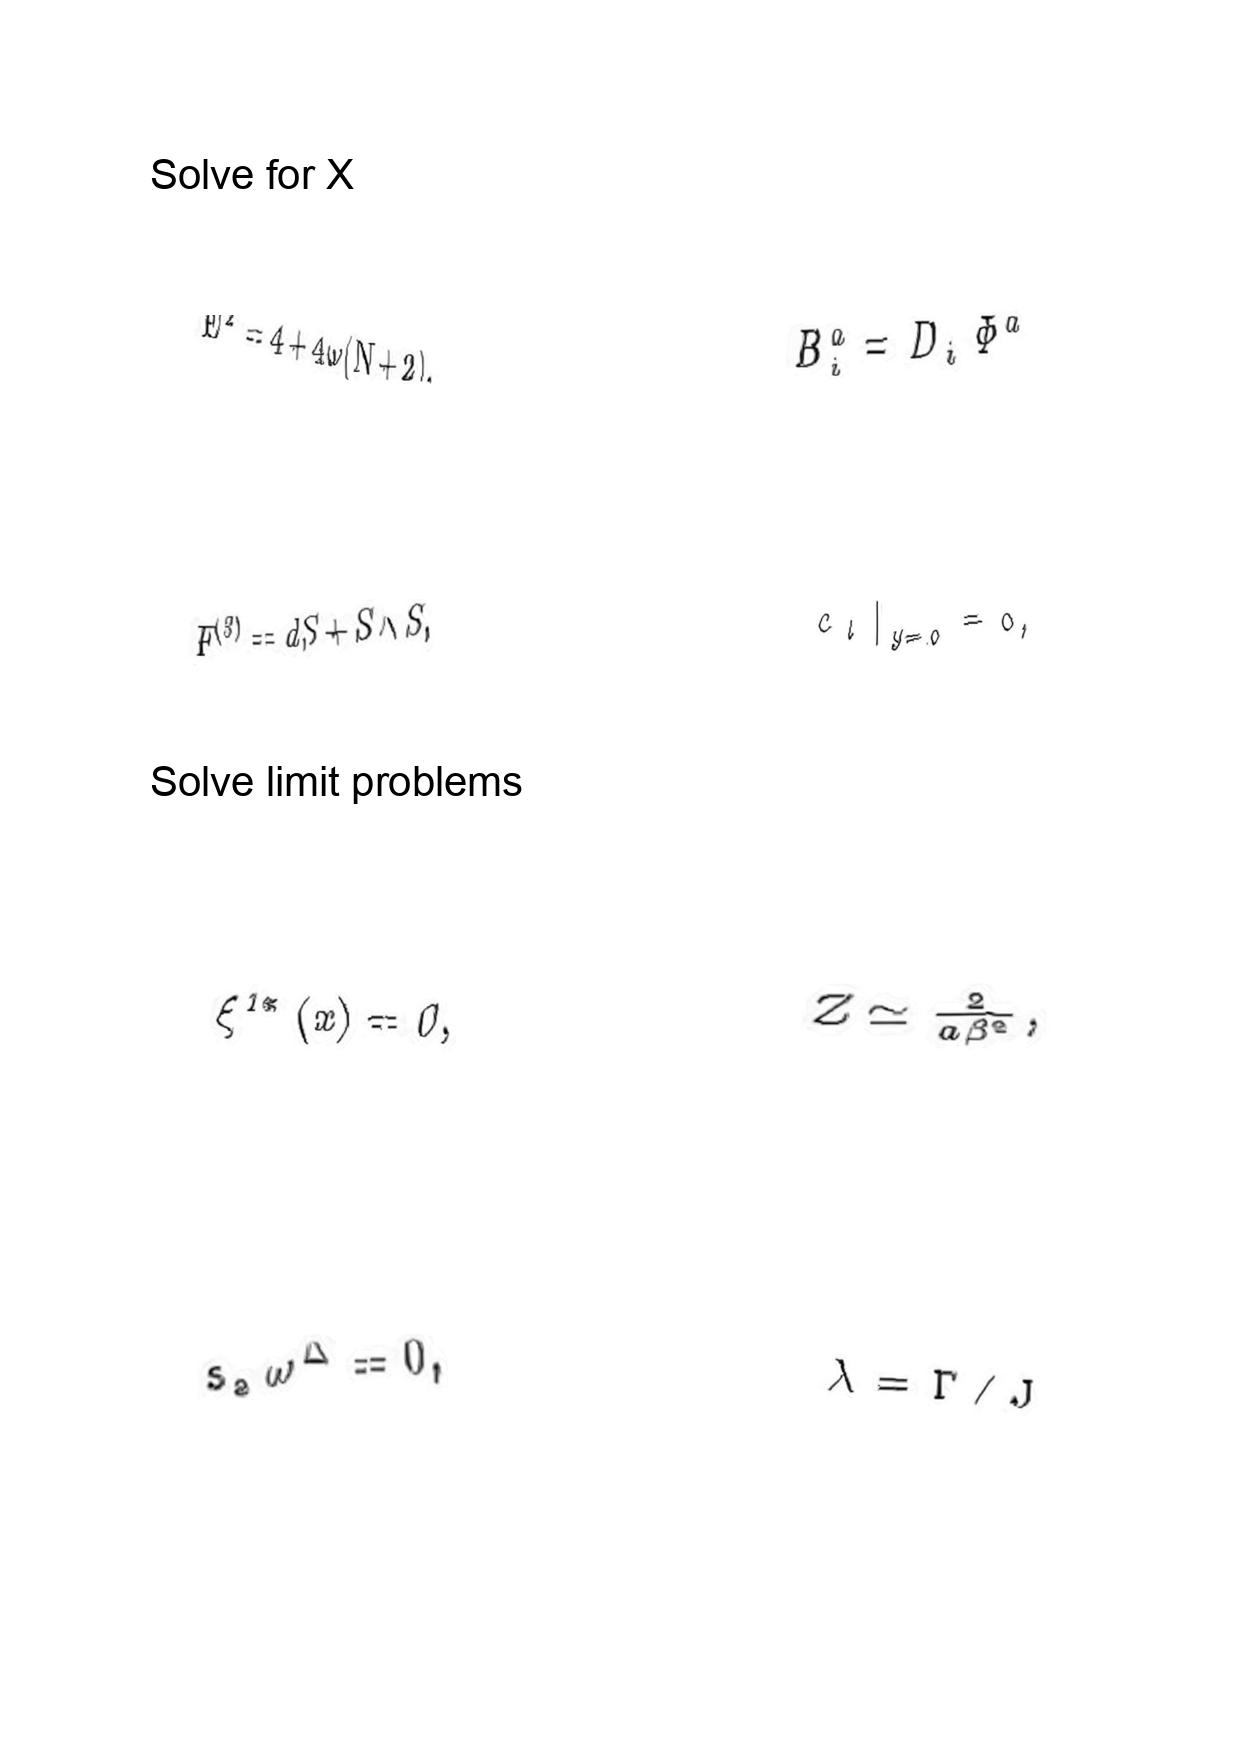
LaTeX transcription:
E ^ { 2 } = 4 + 4 \omega \lparen N + 2 \rparen .
F ^ { \lparen 3 \rparen } = d S + S \wedge S ,
\xi ^ { 1 \ast } \lparen x \rparen = 0 ,
s _ { a } \omega ^ { \Delta } = 0 ,
B _ { i } ^ { a } = D _ { i } \Phi ^ { a }
 c _ { l } \vert _ { y = 0 } = 0 ,
Z \simeq \frac { 2 } { a \beta ^ { 2 } } ,
\lambda = \Gamma / J